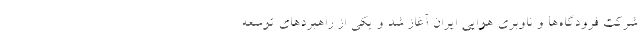
شرکت فرودگاه‌ها و ناوبری هوایی ایران آغاز شد و یکی از راهبردهای توسعه